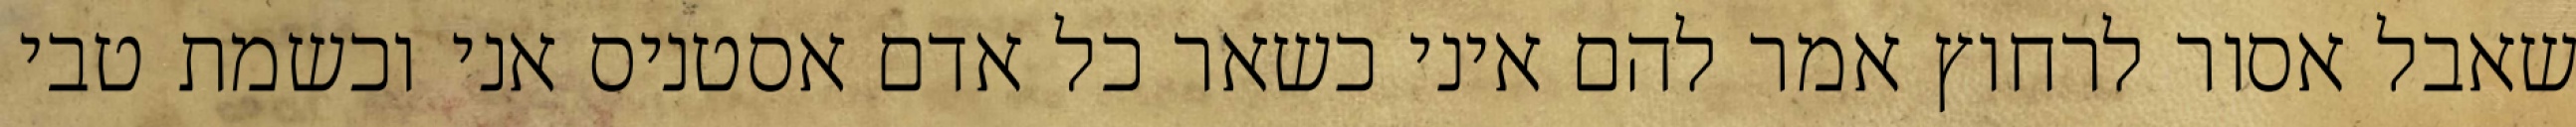
שאבל אסור לרחוץ אמר להם איני כשאר כל אדם אסטניס אני וכשמת טבי